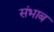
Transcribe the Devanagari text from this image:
संभाब